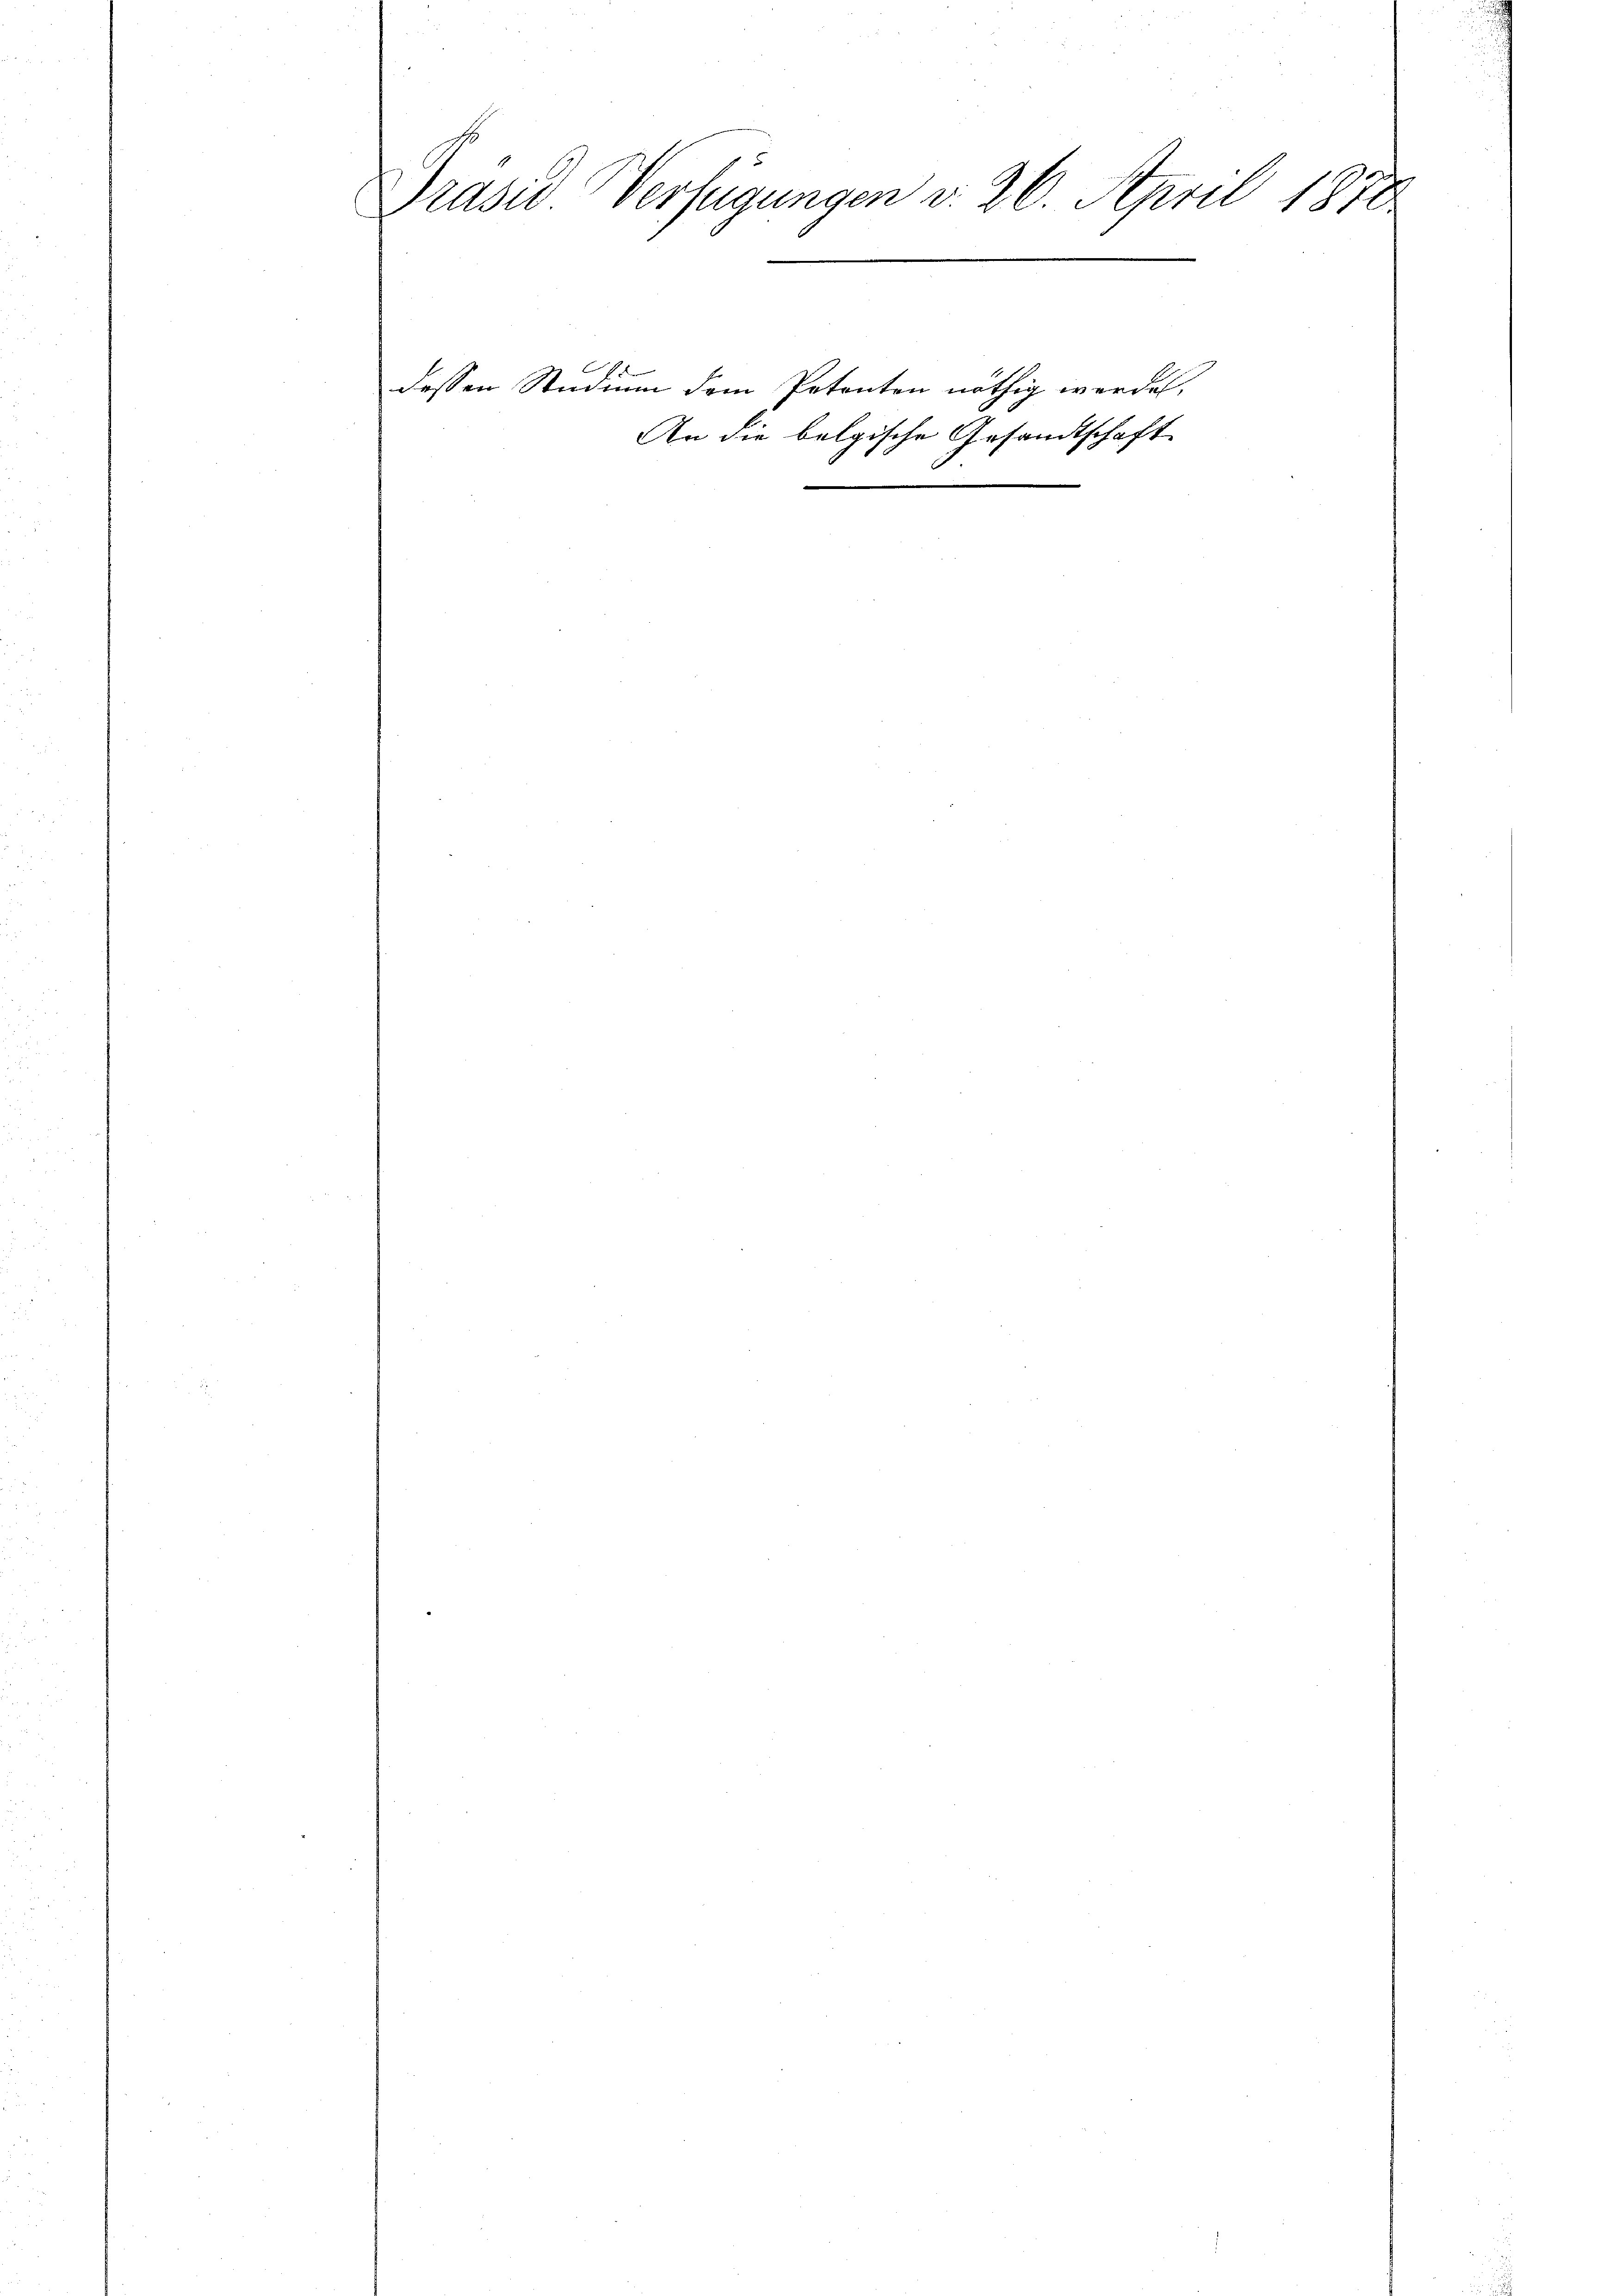
Drüsed Verfügungen v. 26. April 1872.

dessen Studium dem Petenten nöthig werden,

An die belgische Gesandtschaft